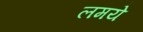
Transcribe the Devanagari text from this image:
लमये